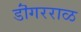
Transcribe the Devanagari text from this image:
डॊंगरराळ